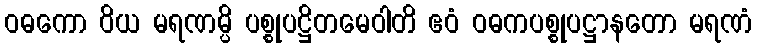
ဝဓကော ဝိယ မရဏမ္ပိ ပစ္စုပဋ္ဌိတမေဝါတိ ဧဝံ ဝဓကပစ္စုပဋ္ဌာနတော မရဏံ